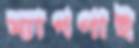
ম্যাগপাই